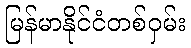
မြန်မာနိုင်ငံတစ်ဝှမ်း